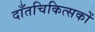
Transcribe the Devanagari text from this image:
दाँतचिकित्सकों